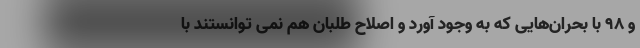
و ۹۸ با بحران‌هایی که به وجود آورد و اصلاح طلبان هم نمی توانستند با